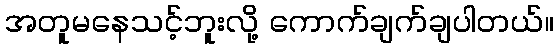
အတူမနေသင့်ဘူးလို့ ကောက်ချက်ချပါတယ်။